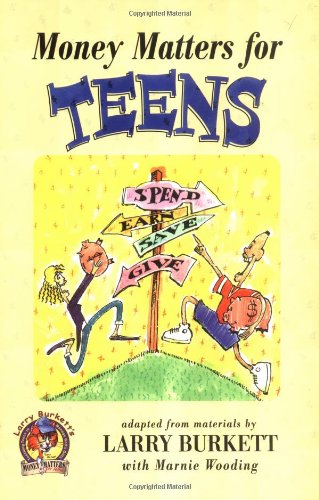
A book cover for Money Matters for Teens; Larry Burkett; Children's Books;